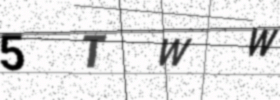
Text: 5TWW